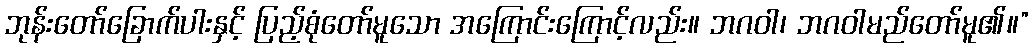
ဘုန်းတော်ခြောက်ပါးနှင့် ပြည့်စုံတော်မူသော အကြောင်းကြောင့်လည်း။ ဘဂဝါ၊ ဘဂဝါမည်တော်မူ၏။”